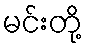
မင်းတို့